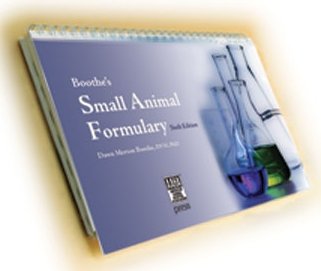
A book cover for Boothe's Small Animal Formulary; Dawn Merton Boothe; Medical Books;